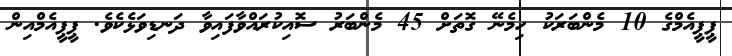
ޕީޕީއެމްގެ 10 މެންބަރަކު ހިމެނޭ ގޮތަށް 45 މެންބަރު ސޮއިކުރައްވާފައިވާ ދަނޑިވަޅެކެވެ. ޕީޕީއެމްއިން